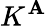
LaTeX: K^{\mathbf{A}}